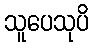
သူပေသုပိ